Vaccine operations Central Provinces 1886-1899 - 1886-1899
Year: 1886
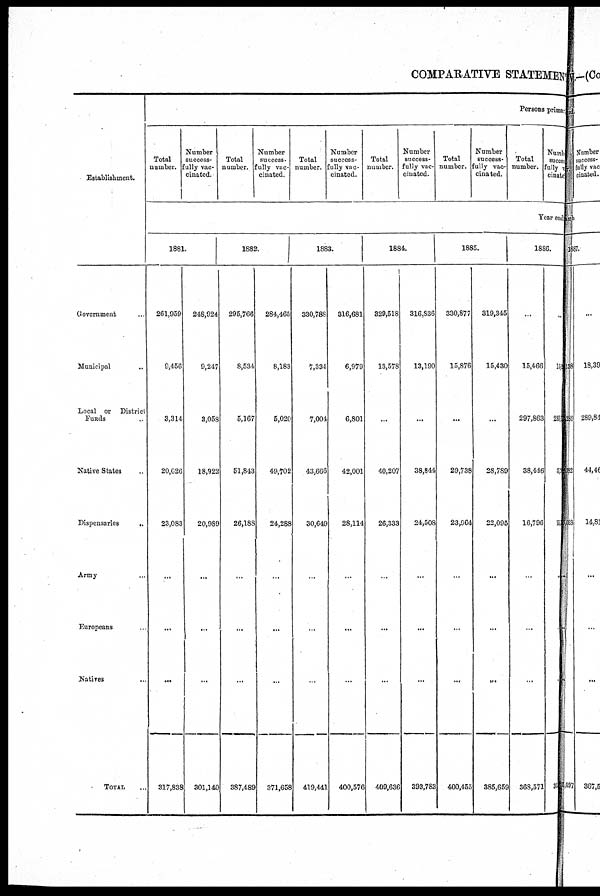
COMPARATIVE STATEMENT
Establishment.
Government ...
Municipal ...
Local or District
Funds ...
Native States ...
Dispensaries
...
Army ...
Europeans ...
Natives ...
TOTAL ...
Persons primary
Total
number.
Number
success-
fully vac-
cinated.
Total
number.
Number
success¬
fully vac-
cinated.
Total
number.
Number
success¬
fully vac-
cinated.
Total
number.
Number
success-
fully vac-
cinated.
Total
number.
Number
success-
fully vac-
cinated.
Total
number.
Number
success
fully vac¬
cinated.
Year end
1881.
261,959
9,456
3,314
20,026
23,083
...
...
...
317,838
248,924
9,247
3,058
18,922
20,989
...
...
...
301,140
1882.
295,766
8,534
5,167
51,843
26,188
...
...
...
387,48S
284,465
8,183
5,020
49,702
24,288
...
...
...
371,658
1883.
330,788
7,334
7,004
43,666
30,649
...
...
...
419,441
316,681
6,979
6,801
42,001
28,114
...
...
...
400,576
1884.
329,518
13,578
...
40,207
26,333
...
...
...
409,636
316,836
13,190
...
38,844
24,508
...
...
...
393,783
1885.
330,877
15,876
...
29,738
23,964
...
...
...
400,455
319,345
15,430
...
28,789
22,095
...
...
...
385,659
1886.
...
15,466
297,863
38,446
16,796
...
...
...
368,571
...
11
282
31
153
...
...
...
35